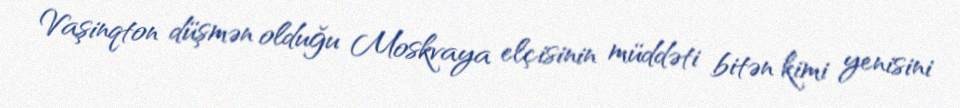
Vaşinqton düşmən olduğu Moskvaya elçisinin müddəti bitən kimi yenisini